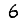
Digit: 6